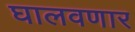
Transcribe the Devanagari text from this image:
घालवणार